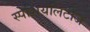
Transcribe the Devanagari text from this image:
स्पेशियलिटीज